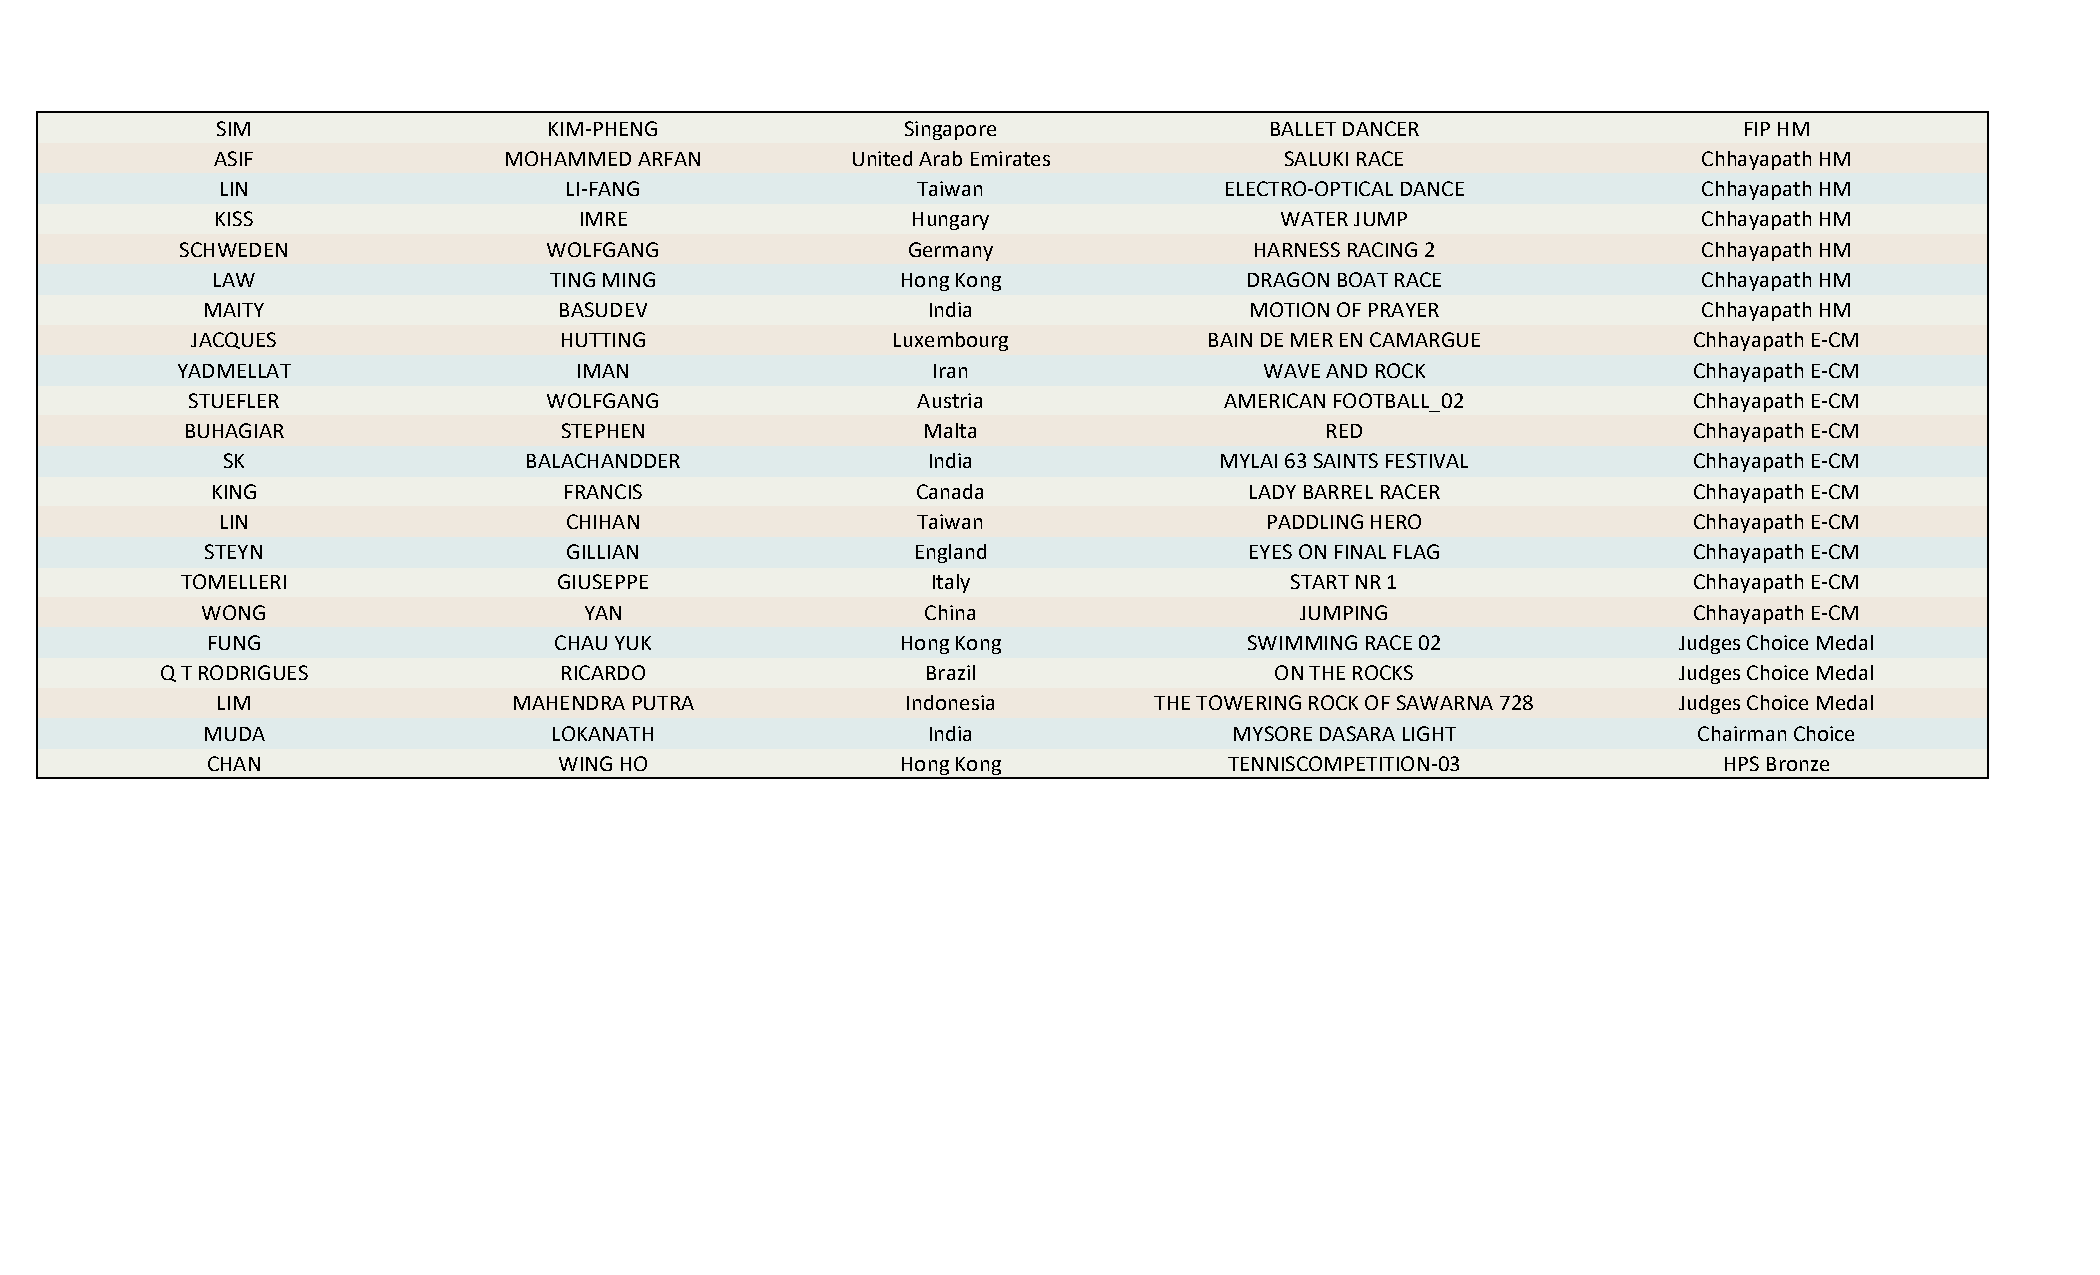
SIM                   KIM-PHENG               Singapore               BALLET DANCER                  FIP HM
 ASIF               MOHAMMED ARFAN         United Arab Emirates         SALUKI RACE                 Chhayapath HM
 LIN                    LI-FANG                 Taiwan              ELECTRO-OPTICAL DANCE           Chhayapath HM
 KISS                    IMRE                  Hungary                  WATER JUMP                  Chhayapath HM
 SCHWEDEN                WOLFGANG                Germany                HARNESS RACING 2              Chhayapath HM
 LAW                   TING MING               Hong Kong             DRAGON BOAT RACE               Chhayapath HM
 MAITY                   BASUDEV                 India                 MOTION OF PRAYER              Chhayapath HM
 JACQUES                 HUTTING               Luxembourg           BAIN DE MER EN CAMARGUE         Chhayapath E-CM
 YADMELLAT                 IMAN                    Iran                  WAVE AND ROCK               Chhayapath E-CM
 STUEFLER                WOLFGANG                 Austria             AMERICAN FOOTBALL_02           Chhayapath E-CM
 BUHAGIAR                 STEPHEN                 Malta                      RED                     Chhayapath E-CM
 SK                  BALACHANDDER              India               MYLAI 63 SAINTS FESTIVAL       Chhayapath E-CM
 KING                   FRANCIS                 Canada                LADY BARREL RACER            Chhayapath E-CM
 LIN                    CHIHAN                  Taiwan                 PADDLING HERO               Chhayapath E-CM
 STEYN                  GILLIAN                England                EYES ON FINAL FLAG           Chhayapath E-CM
 TOMELLERI                GIUSEPPE                 Italy                  START NR 1                 Chhayapath E-CM
 WONG                      YAN                   China                    JUMPING                   Chhayapath E-CM
 FUNG                   CHAU YUK               Hong Kong              SWIMMING RACE 02            Judges Choice Medal
 Q T RODRIGUES             RICARDO                 Brazil                 ON THE ROCKS               Judges Choice Medal
 LIM                 MAHENDRA PUTRA            Indonesia       THE TOWERING ROCK OF SAWARNA 728   Judges Choice Medal
 MUDA                   LOKANATH                 India                MYSORE DASARA LIGHT           Chairman Choice
 CHAN                   WING HO                Hong Kong            TENNISCOMPETITION-03             HPS Bronze